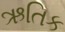
ઋતિક